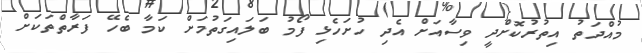
މުއްދަތު އިތުރުކޮށްދީ ވިސާއަށް އެދި ހުށަހެޅި ފޯމު ބަލައިގަތުމަށް ކަމާ ބެހޭ ފަރާތްތަކަށް